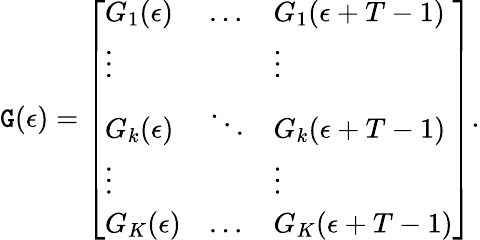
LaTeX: \mathtt{G}(\epsilon)=\left[\begin{array}{lll}{G_{1}(\epsilon)}&{\dots}&{G_{1}(\epsilon+T-1)}\\ {\vdots}&{}&{\vdots}\\ {G_{k}(\epsilon)}&{\ddots}&{G_{k}(\epsilon+T-1)}\\ {\vdots}&{}&{\vdots}\\ {G_{K}(\epsilon)}&{\dots}&{G_{K}(\epsilon+T-1)}\end{array}\right].